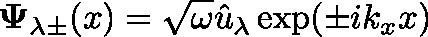
\mathbf { \Psi } _ { \lambda \pm } ( x ) = \sqrt { \omega } \hat { u } _ { \lambda } \exp ( \pm i k _ { x } x )